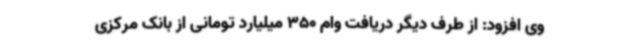
وی افزود: از طرف دیگر دریافت وام 350 میلیارد تومانی از بانک مرکزی